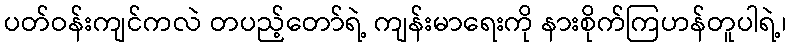
ပတ်ဝန်းကျင်ကလဲ တပည့်တော်ရဲ့ ကျန်းမာရေးကို နားစိုက်ကြဟန်တူပါရဲ့၊